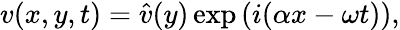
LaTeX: v(x,y,t)=\hat{v}(y)\exp\left(i(\alpha x-\omega t)\right),